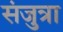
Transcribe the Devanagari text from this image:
संजुत्रा